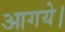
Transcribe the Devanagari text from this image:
आगये।